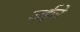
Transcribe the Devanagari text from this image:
वाईजे